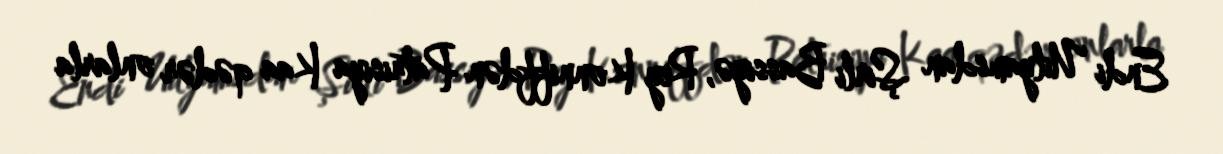
Endi Uilyamsdan Şirli Bassiyə, Rey Konniffdən Patrisiya Kaa qədər onlarla